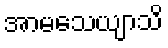
အာမသေယျာသိ